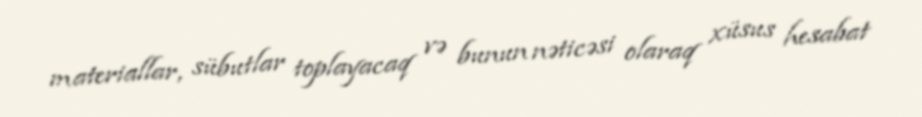
materiallar, sübutlar toplayacaq və bunun nəticəsi olaraq xüsus hesabat